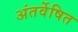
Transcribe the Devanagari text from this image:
अंतर्वेषित